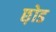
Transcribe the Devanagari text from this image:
छ़ोड